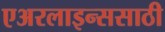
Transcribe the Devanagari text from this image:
एअरलाइन्ससाठी